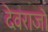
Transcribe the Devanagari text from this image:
देवराजो